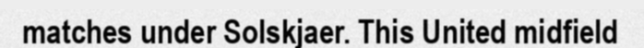
matches under Solskjaer. This United midfield